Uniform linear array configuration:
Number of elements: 12
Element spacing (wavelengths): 1
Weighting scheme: cosine
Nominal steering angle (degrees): -30
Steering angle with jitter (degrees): -28.486
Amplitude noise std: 0.05
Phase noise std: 0.05

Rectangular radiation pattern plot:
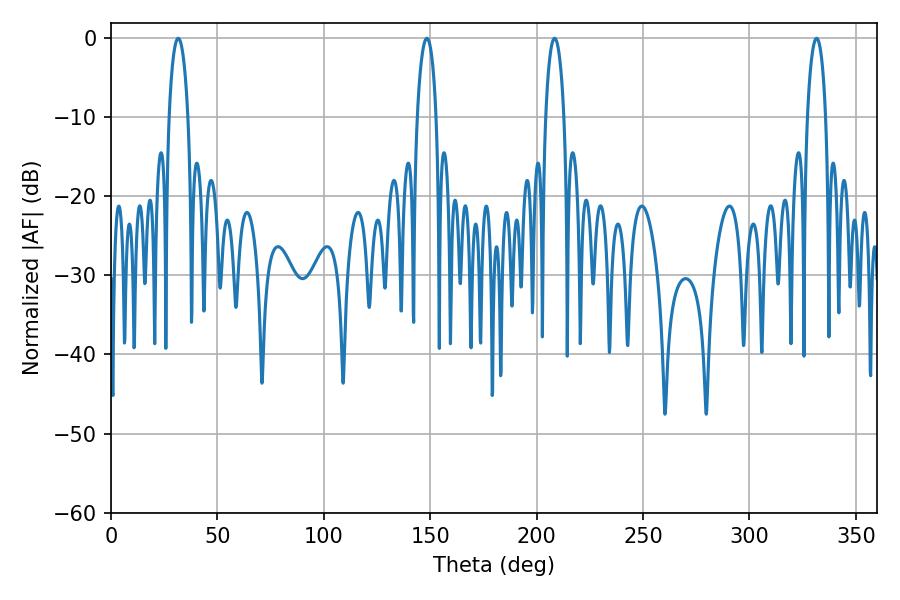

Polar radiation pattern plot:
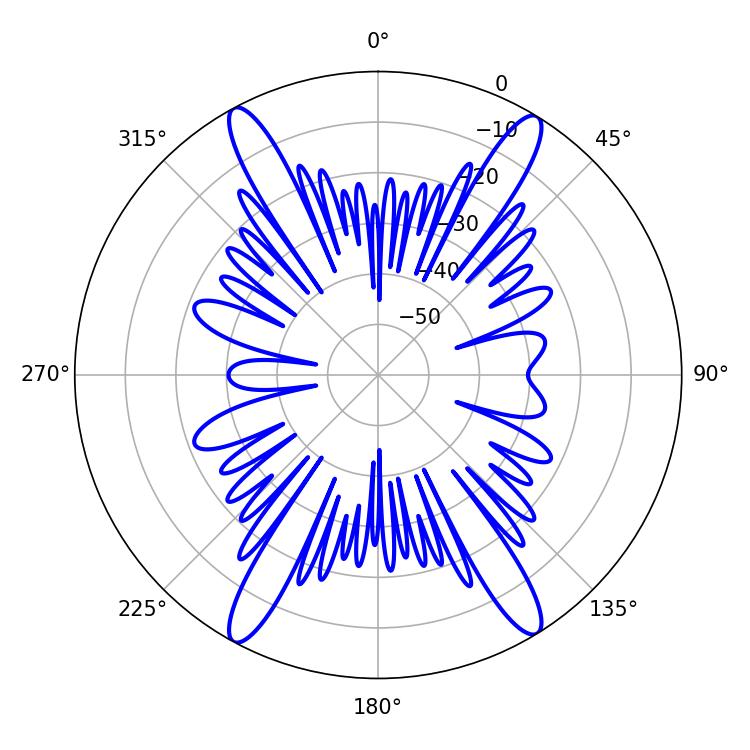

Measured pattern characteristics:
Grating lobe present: TRUE
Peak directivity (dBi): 22.305
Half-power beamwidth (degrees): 4.86
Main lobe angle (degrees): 208.44